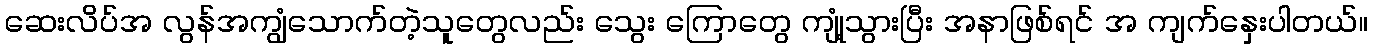
ဆေးလိပ်အ လွန်အကျွံသောက်တဲ့သူတွေလည်း သွေး ကြောတွေ ကျုံ့သွားပြီး အနာဖြစ်ရင် အ ကျက်နှေးပါတယ်။